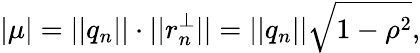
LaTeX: |\mu|=||q_{n}||\cdot||r_{n}^{\perp}||=||q_{n}||\sqrt{1-\rho^{2}},